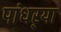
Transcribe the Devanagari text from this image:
पांधर्‍या